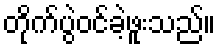
တိုက်ပွဲဝင်ခဲ့ဖူးသည်။